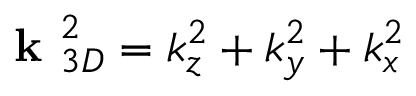
\textbf { k } _ { 3 D } ^ { 2 } = k _ { z } ^ { 2 } + k _ { y } ^ { 2 } + k _ { x } ^ { 2 }